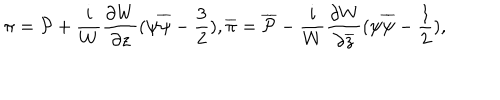
\pi = { \cal P } + \frac { i } { W } \frac { \partial W } { \partial z } ( \psi \overline { { { \psi } } } - \frac { 3 } { 2 } ) , \overline { { { \pi } } } = \overline { { { { \cal P } } } } - \frac { i } { W } \frac { \partial W } { \partial \overline { { { z } } } } ( \psi \overline { { { \psi } } } - \frac { 1 } { 2 } ) ,